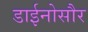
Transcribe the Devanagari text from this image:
डाईनोसौर